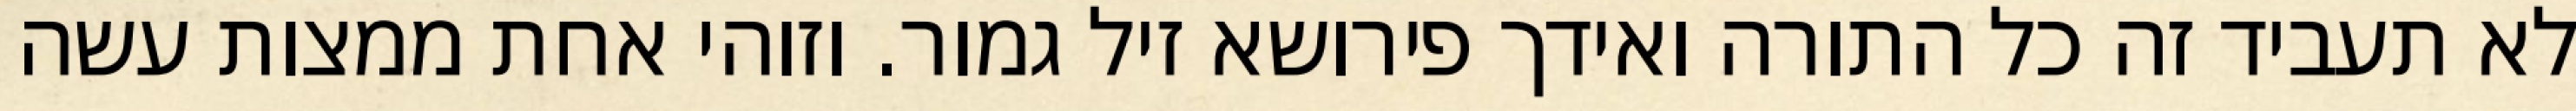
לא תעביד זה כל התורה ואידך פירושא זיל גמור. וזוהי אחת ממצות עשה